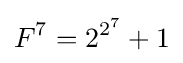
F^{7}=2^{2^{7}}+1